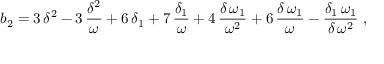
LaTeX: b _ { 2 } = 3 \, { \delta } ^ { 2 } - 3 \, { \displaystyle \frac { { \delta } ^ { 2 } } { { \omega } } } + 6 \, { { \delta } _ { 1 } } + 7 \, { \displaystyle \frac { { { \delta } _ { 1 } } } { { \omega } } } + 4 \, { \displaystyle \frac { { \delta } \, { { \omega } _ { 1 } } } { { \omega } ^ { 2 } } } + 6 \, { \displaystyle \frac { { \delta } \, { { \omega } _ { 1 } } } { { \omega } } } - { \displaystyle \frac { { { \delta } _ { 1 } } \, { { \omega } _ { 1 } } } { { \delta } \, { \omega } ^ { 2 } } } \; ,